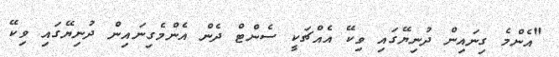
"އެންމެ ގިނައިން ދުނިޔޭގައި ވިކޭ އެއްޗަކީ ސެންޓް ދެން އެންމެގިނައިން ދުނިޔޭގައި ވިކޭ